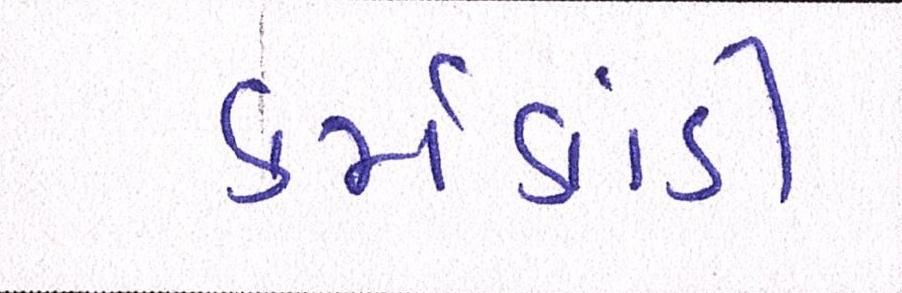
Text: કર્મકાંડી